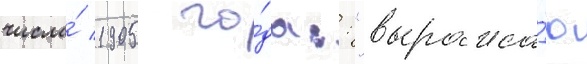
числа́ 1905 го́да:: "выража́ю